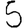
Digit: 5